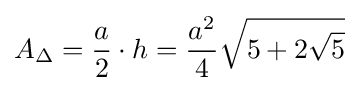
A_{\Delta }={\frac {a}{2}}\cdot h={\frac {a^{2}}{4}}{\sqrt {5+2{\sqrt {5}}}}